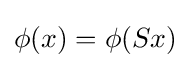
\phi (x)=\phi (Sx)